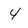
Character: 4